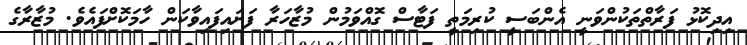
އިދިކޮޅު ފަރާތްތަކުންވަނީ އެންބަސީ ކުރިމަތީ ފަޓާސް ގޮއްވަމުން މުޒާހަރާ ފަށައިފައިވާކަން ހާމަކޮށްފައެވެ. މުޒާރާގެ